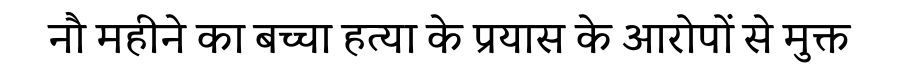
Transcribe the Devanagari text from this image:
नौ महीने का बच्चा हत्या के प्रयास के आरोपों से मुक्त